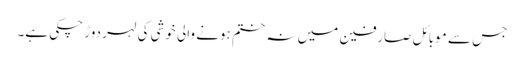
جس سے موبائل صارفین میں نہ ختم ہونے والی خوشی کی لہر دوڑ چکی ہے۔